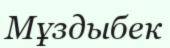
Мұздыбек